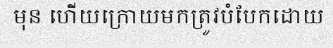
មុន ហើយក្រោយមកត្រូវបំបែកដោយ